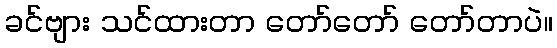
ခင်ဗျား သင်ထားတာ တော်တော် တော်တာပဲ။